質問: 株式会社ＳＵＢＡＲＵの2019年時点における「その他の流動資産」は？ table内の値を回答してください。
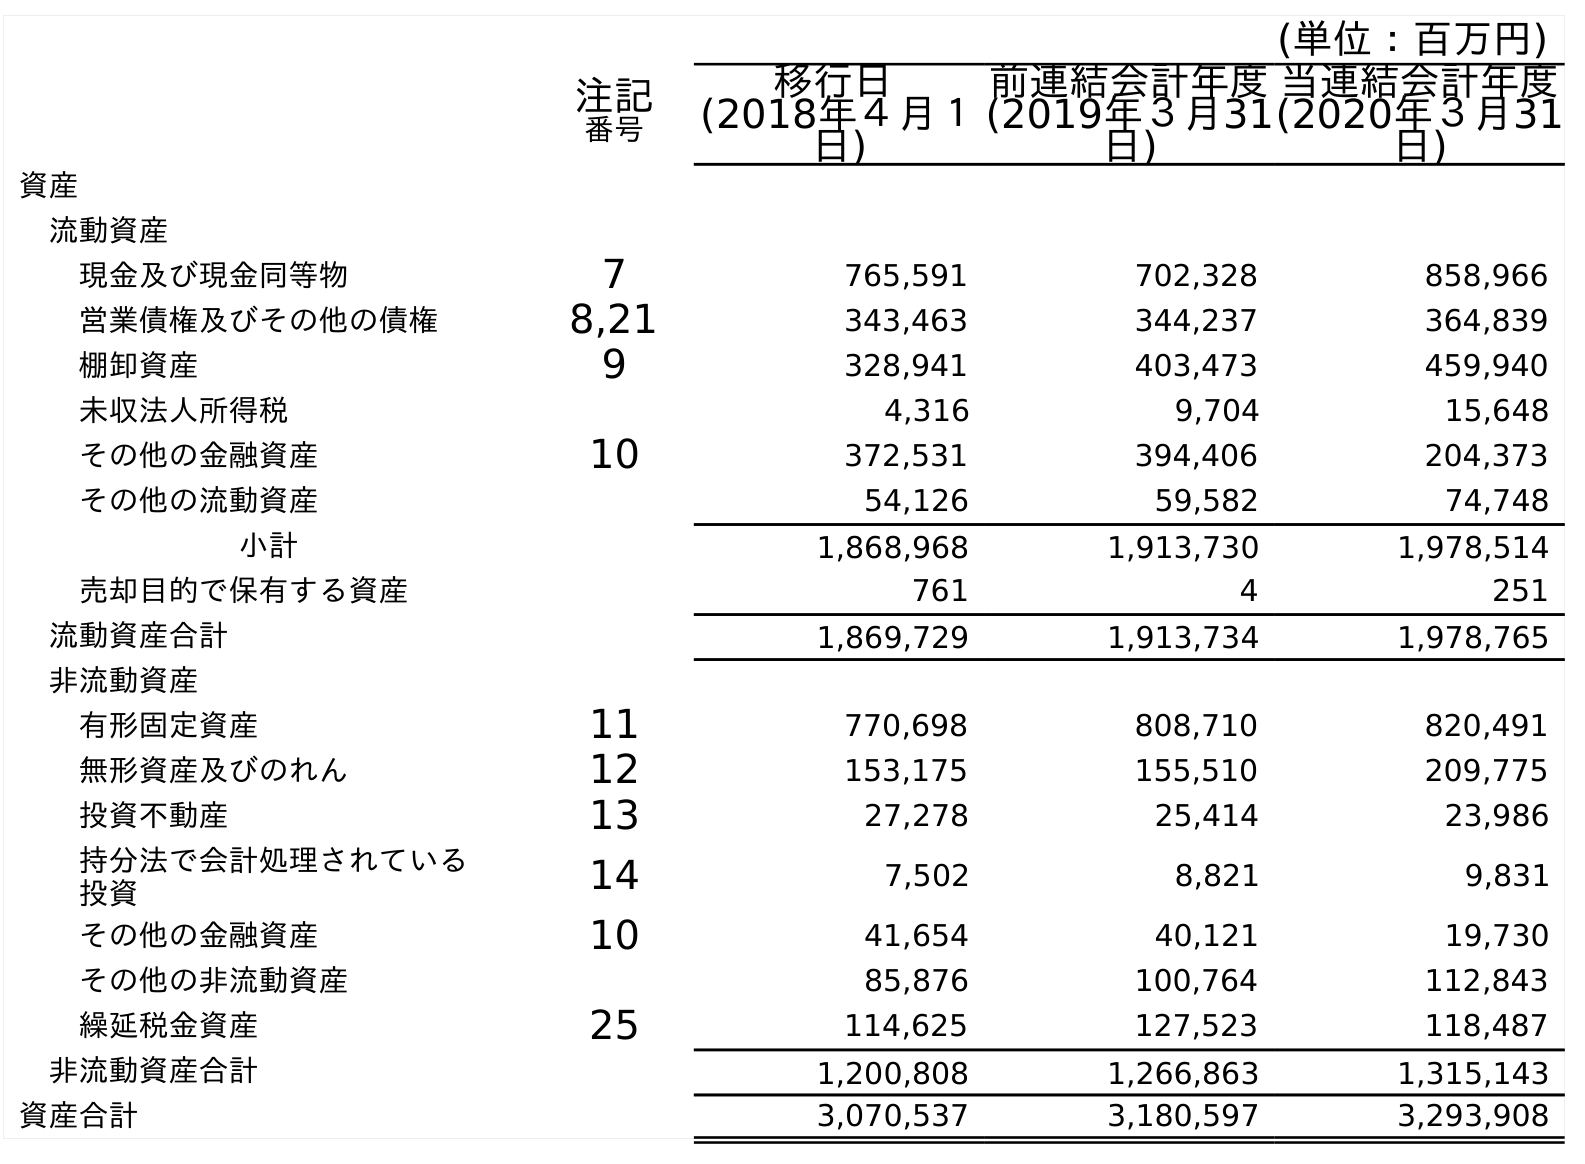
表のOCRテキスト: (単位：百万円) 注記 番号 移行日 (2018年４月１ 日) 前連結会計年度 (2019年３月31 日) 当連結会計年度 (2020年３月31 日) 資産 流動資産 現金及び現金同等物 7 765,591 702,328 858,966 営業債権及びその他の債権 8,21 343,463 344,237 364,839 棚卸資産 9 328,941 403,473 459,940 未収法人所得税 4,316 9,704 15,648 その他の金融資産 10 372,531 394,406 204,373 その他の流動資産 54,126 59,582 74,748 小計 1,868,968 1,913,730 1,978,514 売却目的で保有する資産 761 4 251 流動資産合計 1,869,729 1,913,734 1,978,765 非流動資産 有形固定資産 11 770,698 808,710 820,491 無形資産及びのれん 12 153,175 155,510 209,775 投資不動産 13 27,278 25,414 23,986 持分法で会計処理されている 投資 14 7,502 8,821 9,831 その他の金融資産 10 41,654 40,121 19,730 その他の非流動資産 85,876 100,764 112,843 繰延税金資産 25 114,625 127,523 118,487 非流動資産合計 1,200,808 1,266,863 1,315,143 資産合計 3,070,537 3,180,597 3,293,908
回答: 59,582